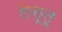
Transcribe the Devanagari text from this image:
लेसूतू